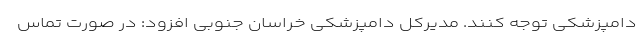
دامپزشکی توجه کنند. مدیرکل دامپزشکی خراسان جنوبی افزود: در صورت تماس